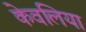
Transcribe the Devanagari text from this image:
केवलिया